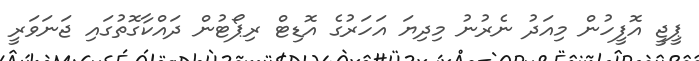
ޕީޖީ އޮފީހުން މިއަދު ނެރުނު މިދިޔަ އަހަރުގެ އޮޑިޓް ރިޕޯޓުން ދައްކާގޮތުގައި ޖަނަވަރީ